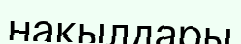
накылдары